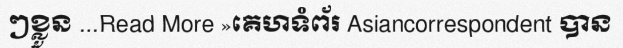
ៗខ្លួន ...Read More »គេហទំព័រ Asiancorrespondent បាន